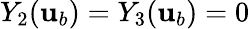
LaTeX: Y_{2}({\mathbf{u}}_{b})=Y_{3}({\mathbf{u}}_{b})=0